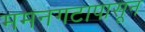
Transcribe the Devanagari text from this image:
ममनगटापासून